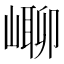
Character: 㟹